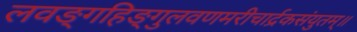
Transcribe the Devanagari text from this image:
लवङ्गहिङ्गुलवणमरीचार्द्रकसंयुतम्॥